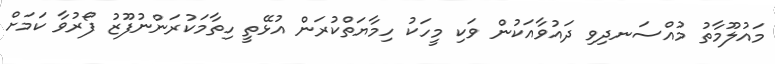
މައުލޫމާތު މުއްސަނދިވި ދައުވާއަކުން ވަކި މީހަކު ހިމާޔަތްކުރަން އުޅޭތީ ހިތާމަކުރަންނުފޫޒު ފޯރުވާ ކަމަށް